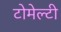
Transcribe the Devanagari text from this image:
टोमेल्टी